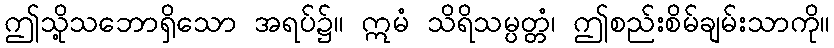
ဤသို့သဘောရှိသော အရပ်၌။ ဣမံ သိရိသမ္ပတ္တံ၊ ဤစည်းစိမ်ချမ်းသာကို။